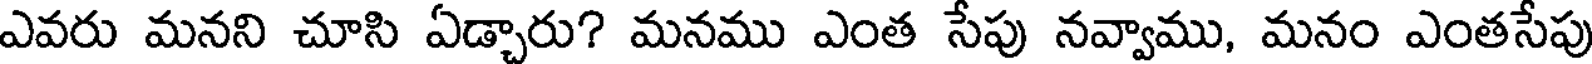
ఎవరు మనని చూసి ఏడ్చారు? మనము ఎంత సేపు నవ్వాము, మనం ఎంతసేపు